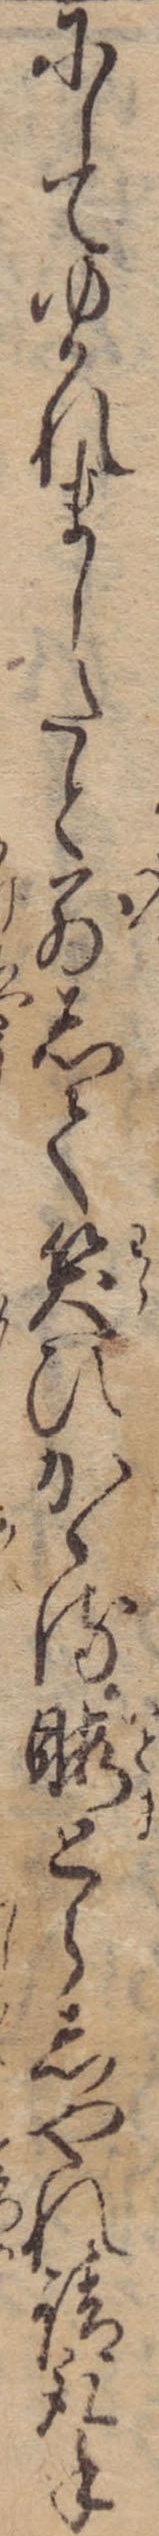
にしてゆかれましたと別して笑ひかゝる暇とらしやれ請取手